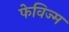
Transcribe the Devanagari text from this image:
फेविज्म